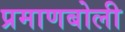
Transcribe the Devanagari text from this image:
प्रमाणबोली